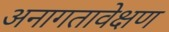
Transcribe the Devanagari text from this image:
अनागतावेक्षण